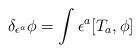
LaTeX: \begin{align*}\delta_{\epsilon^a} \phi = \int \epsilon^a [ T_a, \phi ]\end{align*}